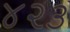
૪૨૩